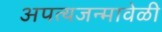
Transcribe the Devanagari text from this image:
अपत्यजन्मावेळी